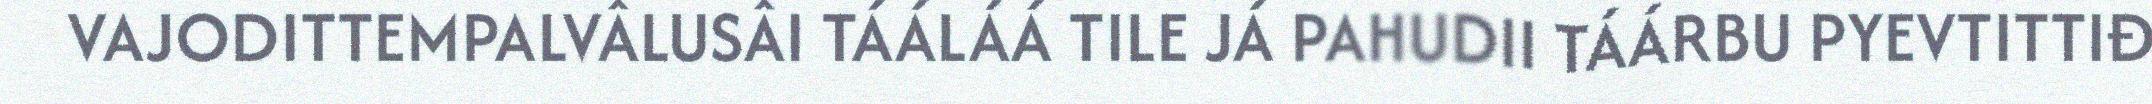
VAJODITTEMPALVÂLUSÂI TÁÁLÁÁ TILE JÁ PAHUDII TÁÁRBU PYEVTITTIĐ